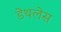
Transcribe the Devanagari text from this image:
डेथलेस